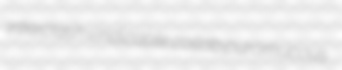
interclash vindicable collab puromucous